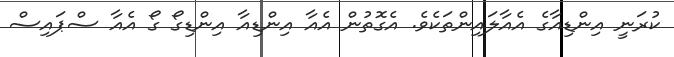
ކުރަނީ އިންޑިއާގެ އެއާލައިންތަކެވެ. އެގޮތުން އެއާ އިންޑިއާ އިންޑިގޯ ގޯ އެއާ ސްޕައިސް